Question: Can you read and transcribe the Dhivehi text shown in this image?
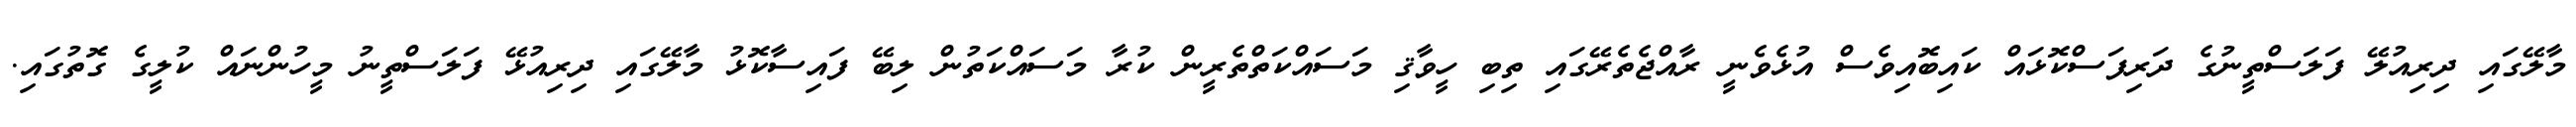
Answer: މާލޭގައި ދިރިއުލޭ ފަލަސްތީނުގެ ދަރިފަސްކޮޅައް ކައިބޮއިވެސް އުޅެވެނީ ރާއްޖެތެރޭގައި ތިބި ހީވާޤި މަސައްކަތްތެރީން ކުރާ މަސައްކަތުން ލިބޭ ފައިސާކޮޅު މާލޭގައި ދިރިއުޅޭ ފަލަސްތީނު މީހުންނައް ކުލީގެ ގޮތުގައި.